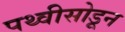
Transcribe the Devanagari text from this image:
पथ्वीसोडून